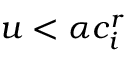
u < \alpha c _ { i } ^ { r }